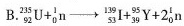
B. $$ _{ 92 } ^ { 235 }U+ _{0 } ^ { 1 }n \rightarrow_{ 53} ^ { 139 }I+ _{39 } ^ { 95 }Y+2 _{ 0 } ^ { 1}n $$